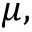
\mu ,